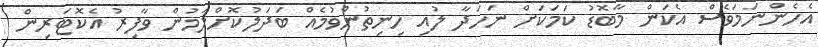
އެހެންނަމަވެސް އެކަން މާބޮޑު ކަމަކަށް ނަހަދާ ލުއި ހިނިތުންވުމެއް ބަދަލުކޮށްލަމުން ވާފިރު އެކޮޓަރިން